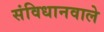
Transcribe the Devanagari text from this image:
संविधानवाले